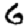
Digit: 6